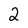
Character: 2